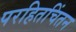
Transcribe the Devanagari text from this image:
परहितचिंतन